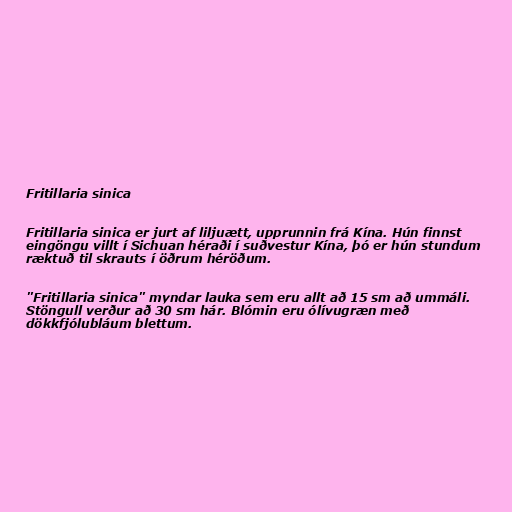
Fritillaria sinica

Fritillaria sinica er jurt af liljuætt, upprunnin frá Kína. Hún finnst
eingöngu villt í Sichuan héraði í suðvestur Kína, þó er hún stundum
ræktuð til skrauts í öðrum héröðum.

"Fritillaria sinica" myndar lauka sem eru allt að 15 sm að ummáli.
Stöngull verður að 30 sm hár. Blómin eru ólívugræn með
dökkfjólubláum blettum.